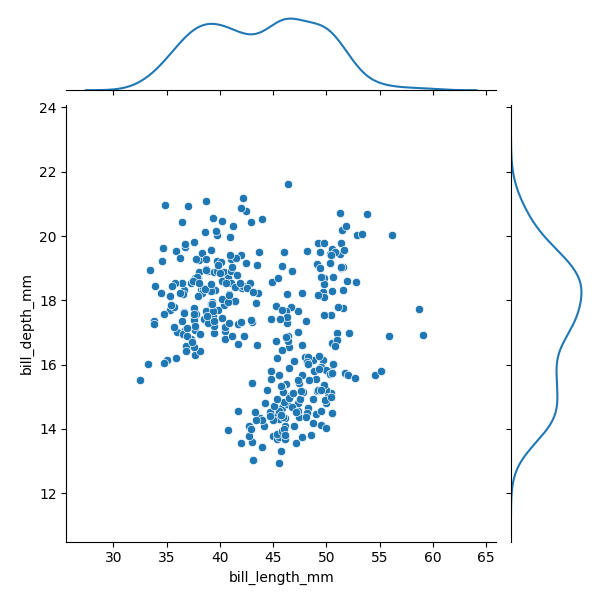
python, seaborn, JointGrid, scatterplot, kdeplot